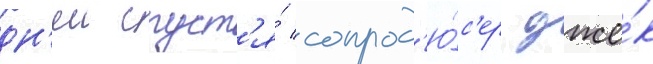
дн'еи спуст'я́ сопрод'ю́с'ер дже́к